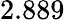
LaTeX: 2.889